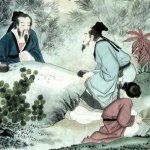
终日昏昏醉梦间，忽闻春尽强登山。